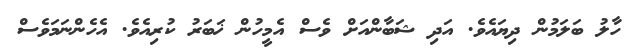
ހާލު ބަލަމުން ދިޔައެވެ. އަދި ޝަބާންއަށް ވެސް އެމީހުން ޚަބަރު ކުރިއެވެ. އެހެންނަމަވެސް